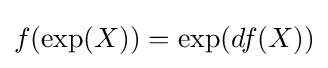
f(\exp(X))=\exp(df(X))